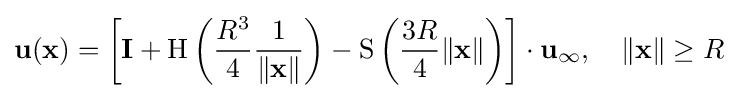
\mathbf {u} (\mathbf {x} )=\left[\mathbf {I} +\mathrm {H} \left({\frac {R^{3}}{4}}{\frac {1}{\|\mathbf {x} \|}}\right)-\mathrm {S} \left({\frac {3R}{4}}\|\mathbf {x} \|\right)\right]\cdot \mathbf {u} _{\infty },\quad \|\mathbf {x} \|\geq R